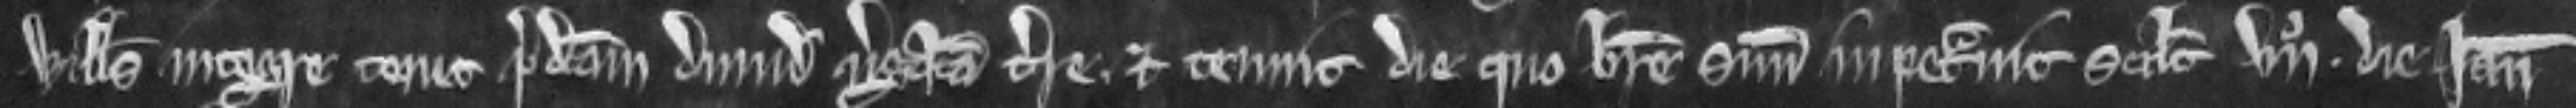
Willelmus integre tenet predictam dimidiam virgatam terre et tenuit die quo breve suum impetravit scilicet vii die Januari